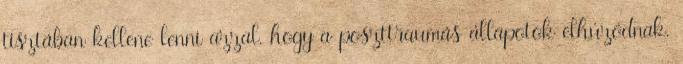
tisztában kellene lenni azzal, hogy a poszttraumás állapotok elhúzódnak.